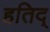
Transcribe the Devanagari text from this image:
हतिद्